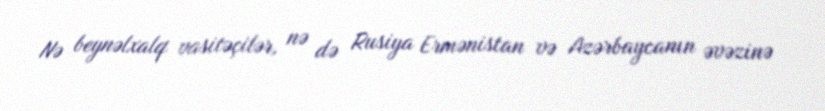
Nə beynəlxalq vasitəçilər, nə də Rusiya Ermənistan və Azərbaycanın əvəzinə